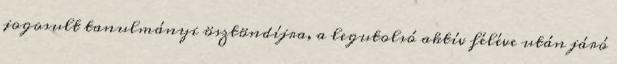
jogosult tanulmányi ösztöndíjra, a legutolsó aktív féléve után járó